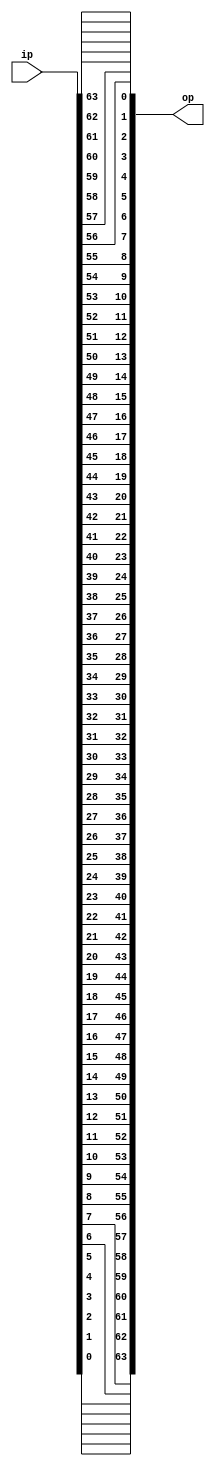
module swapbits (op, ip);
	input [63:0] ip;
	output reg [63:0] op;
	integer i;
	always @* begin
		for (i = 0; i < 64; i = i + 1)
			op[63 - i] = ip[i];
	end
endmodule